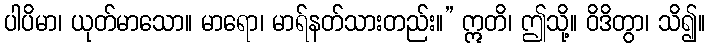
ပါပိမာ၊ ယုတ်မာသော။ မာရော၊ မာရ်နတ်သားတည်း။” ဣတိ၊ ဤသို့။ ဝိဒိတွာ၊ သိ၍။